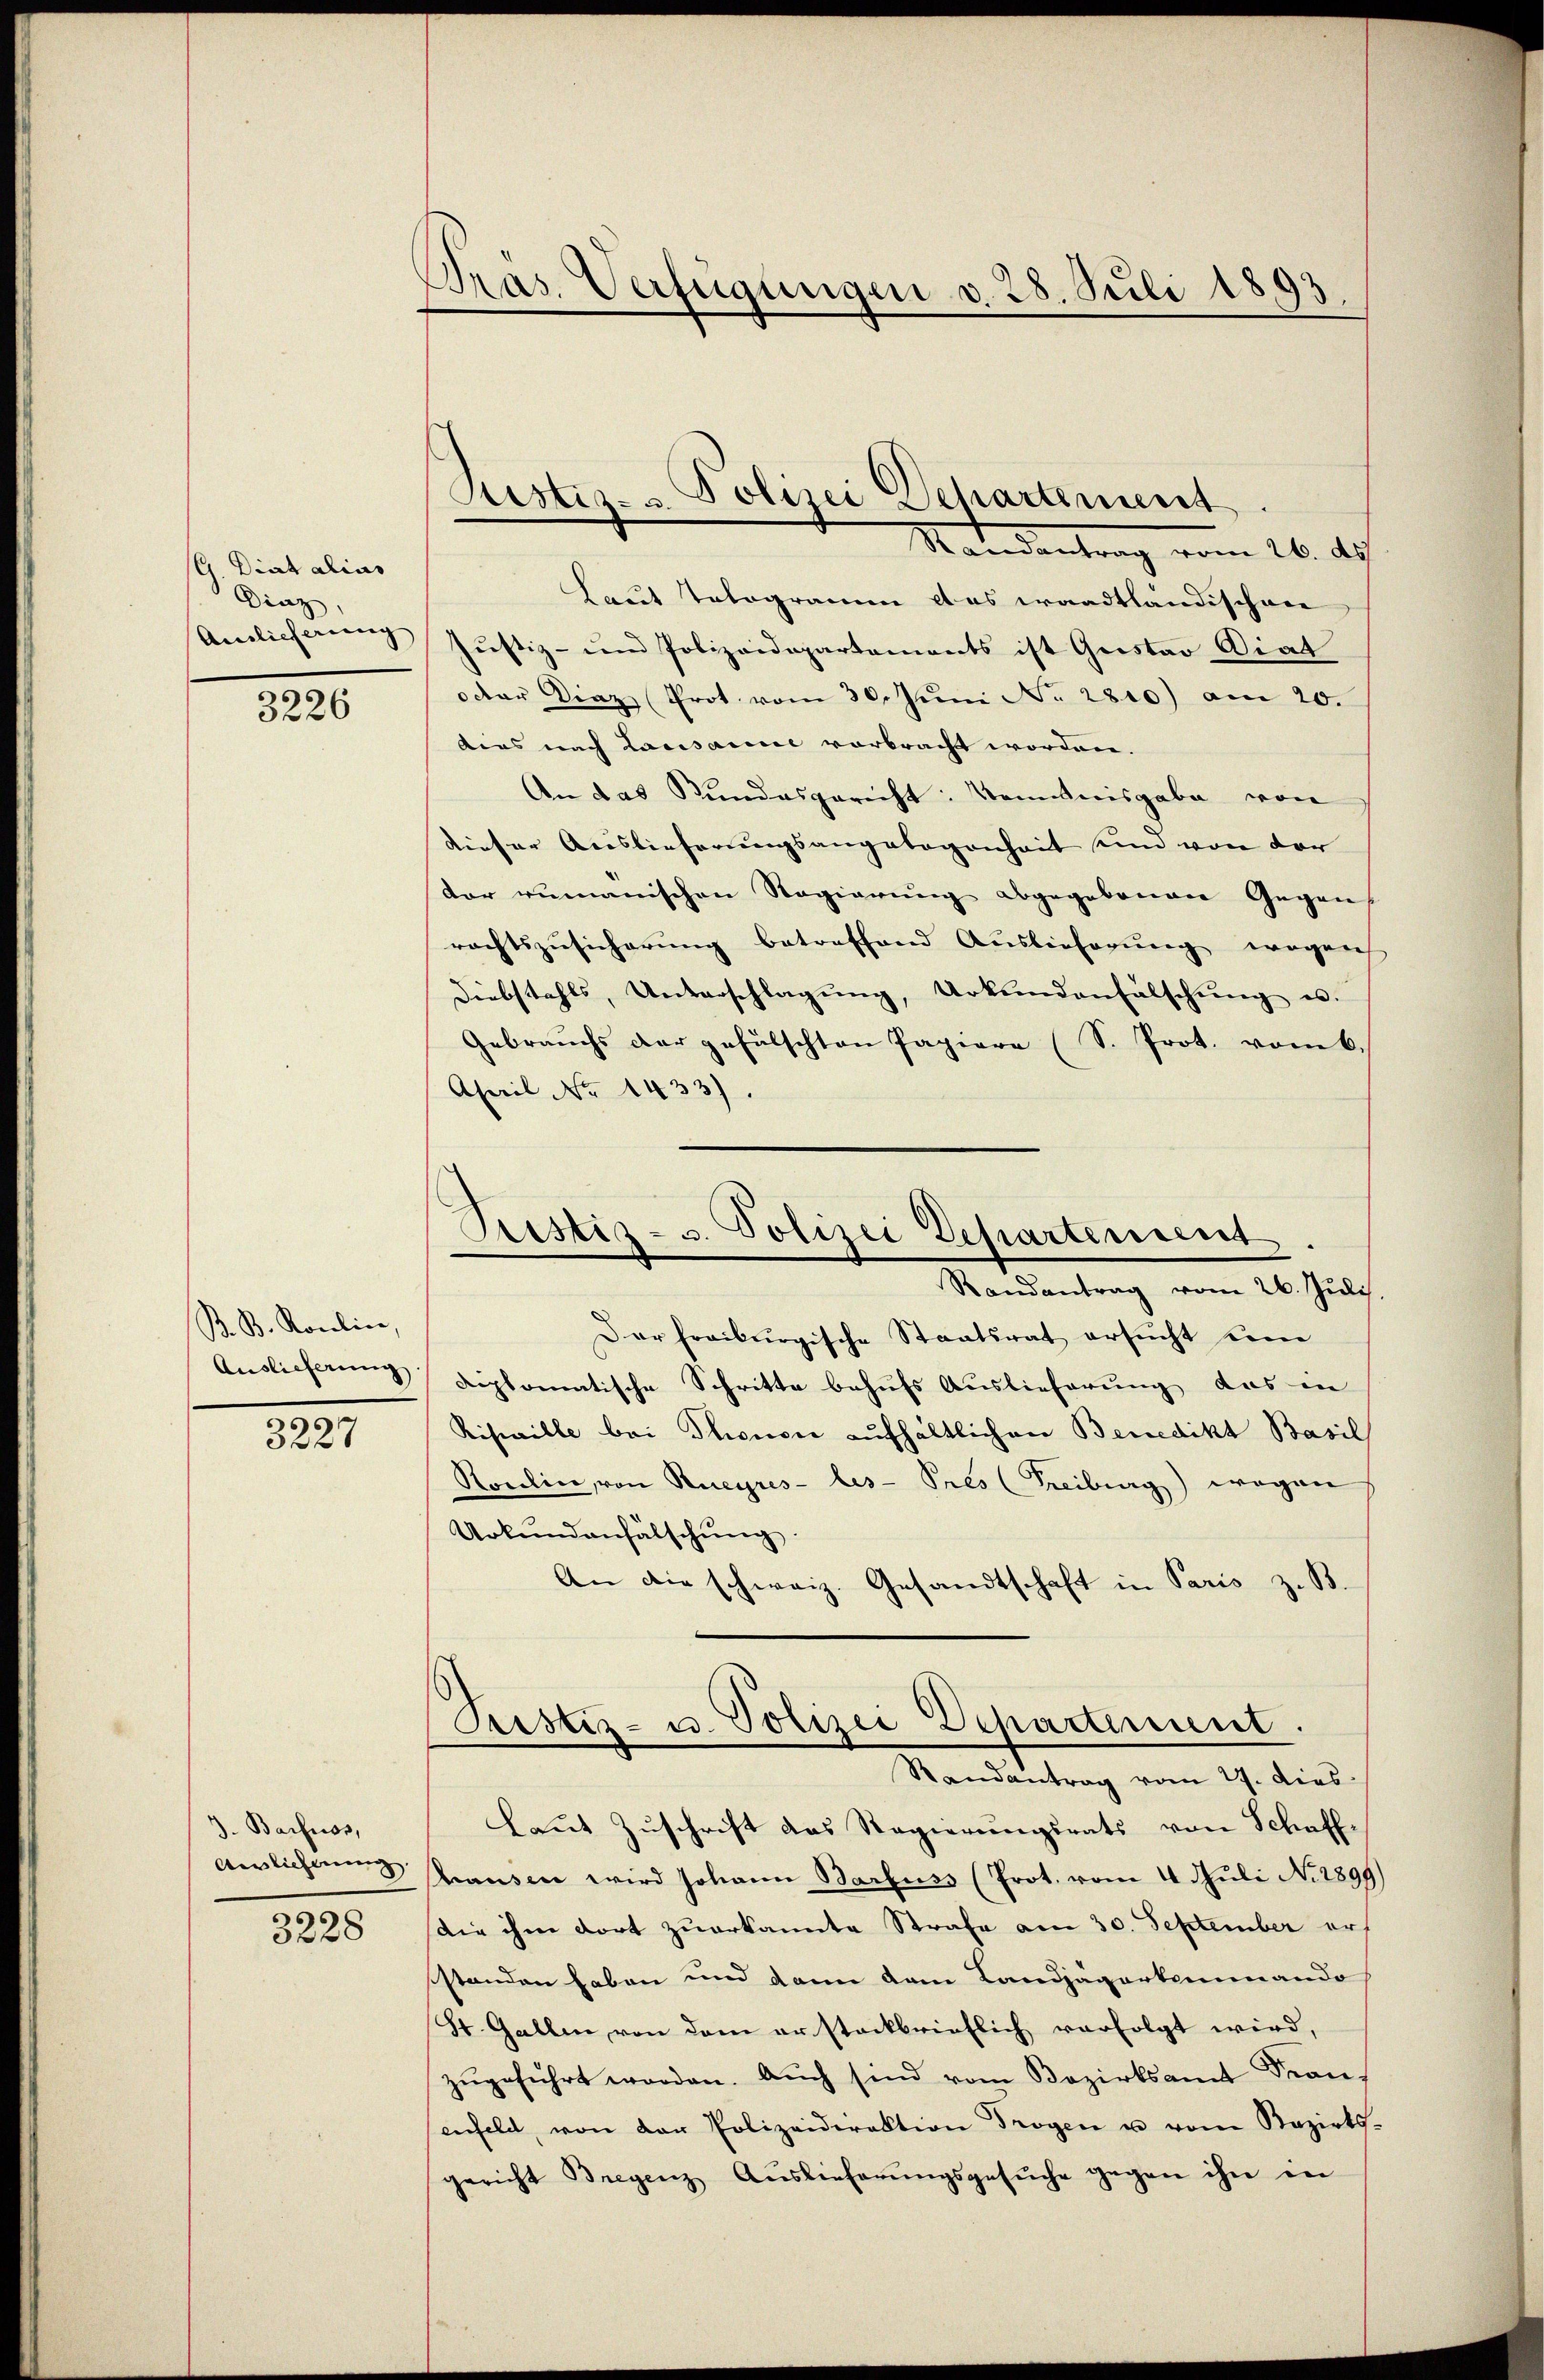
(G. Diat alias
Dinz,
Amlicherung

3226

B. B. Karoline
Auslieferung

3227

J. Barfnos,
Anglicherung

3228

Präs. Verfügungen v. 28. Juli 1893

Arbeiz
Polizei Departement.
Randantrag vom 26. ds

Ristiz- u. Polizei Departement
Randantrag vom 26. Juli.

Laut Tologramm das waadtländischen
Justiz- und Polizeidepartements ist Gustav Diat
oder Diaz Prot. vom 30. Jŭni No 2810) am 20.
tias nach Lausanne verbracht worden.
An das Stundesgericht: Tomanisgabe von
Dieser Auslieferungsangelegenheit und von der
tor rumänischen Regierung abgegebenen Gegen
rechtszusicherung betreffend Auslieferung wegen
Diebstahls, Unterschlagŭng, Urkundenfälschŭng u.
Gebrauchs der gefälschten Papiere (S. Prot. vom 6.
April No 1433)
Dar freiburgische Staatsrat ersŭcht dem
diplomatische Schritte behufs Auslieferung das in
Risville bei Thonen aufhältlichen Benedikt Basil
Roulin, von Rueyres les - Pres (Freiburg) wegen
Urkundanfälschung
An die schweiz. Gesandtschaft in Paris z. B.
Sistiz- u. Polizei Departement.
Randantrag vom 29. dies
Laŭt Zŭschrift das Regierungsrats von Schaff-
hausen wird Johann Barkuss (Prot. vom 4. Juli No. 1899)
die ihm dort zuerkannte Strafe am 30. September er
standen haben und dann dem Landjägerkommando
St. Gallen, von dem ersteckbrieflich verfolgt wird,
zŭgeführt worden. Aŭch sind vom Bezirksamt Fran-
enfeld, von der Polizeidirektion Trogen u vom Razirts-
gericht Bregenz Aŭslieferŭngsgesŭche gegen ihn in